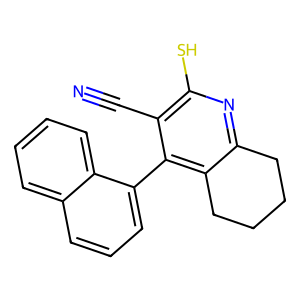
SMILES: N#Cc1c(S)nc2c(c1-c1cccc3ccccc13)CCCC2
Inhibits HIV replication: Yes